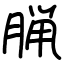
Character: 𫞇